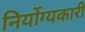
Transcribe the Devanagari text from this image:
निर्योग्यकारी